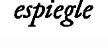
espiegle